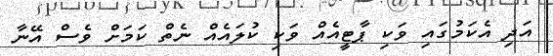
އަދި އެކަމުގައި ވަކި ޕާޓީއެއް ވަކި ކުލައެއް ނެތް ކަމަށް ވެސް އޭނާ